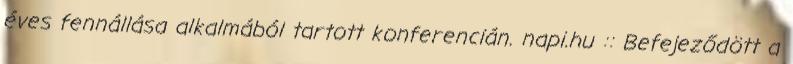
éves fennállása alkalmából tartott konferencián. napi.hu :: Befejeződött a